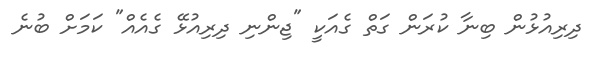
ދިރިއުޅުން ބިނާ ކުރަން ގަތް ގެއަކީ "ޖިންނި ދިރިއުޅޭ ގެއެއް" ކަމަށް ބުނެ